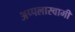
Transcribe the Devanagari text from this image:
अप्पलास्वामी